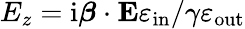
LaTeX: E_{z}=\mathrm{i}\boldsymbol{\beta}\cdot\mathbf{E}\varepsilon_{\mathrm{in}}/\gamma\varepsilon_{\mathrm{out}}